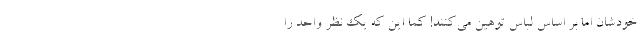
خودشان اما بر اساس لباس توهین می‌کنند! کما این که یک نظر واحد را